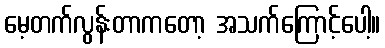
မေ့တက်လွန်းတာကတော့ အသက်ကြောင့်ပေါ့။